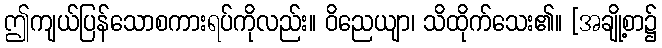
ဤကျယ်ပြန်သောစကားရပ်ကိုလည်း။ ဝိညေယျာ၊ သိထိုက်သေး၏။ [အချို့စာ၌